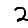
Digit: 2